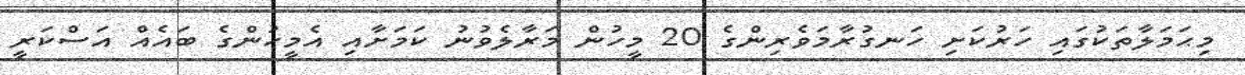
މިޙަމަލާތަކުގައި ހަރުކަށި ހަނގުރާމަވެރިންގެ 20 މީހުން މަރާލެވުނު ކަމަށާއި އެމީހުންގެ ބައެއް އަސްކަރީ